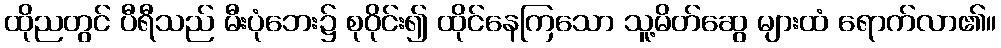
ထိုညတွင် ပီရီသည် မီးပုံဘေး၌ စုဝိုင်း၍ ထိုင်နေကြသော သူ့မိတ်ဆွေ များထံ ရောက်လာ၏။